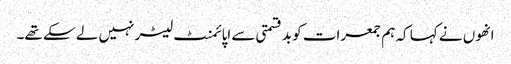
انھوں نے کہا کہ ہم جمعرات کو بدقسمتی سے اپائمنٹ لیٹر نہیں لے سکے تھے۔